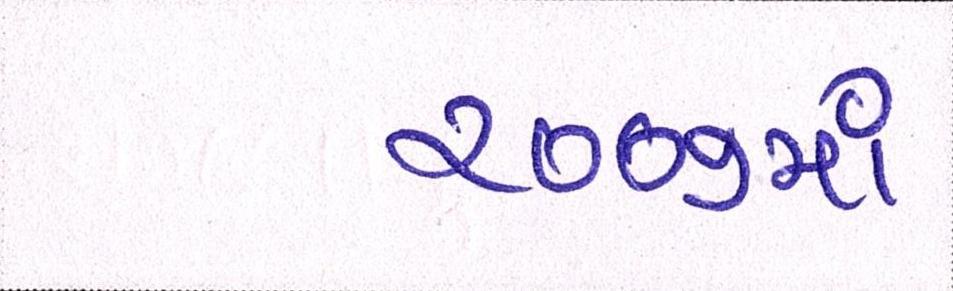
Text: ૨૦૦૭માં